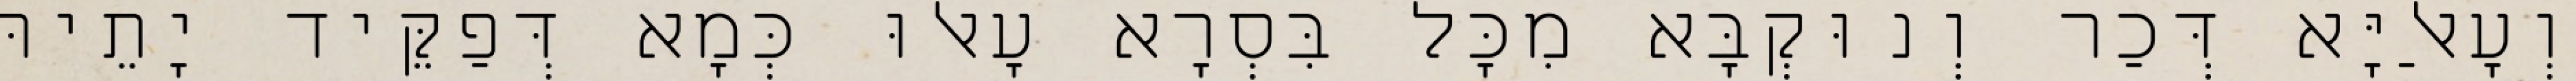
וְעָאלַיָּא דְּכַר וְנוּקְבָּא מִכָּל בִּסְרָא עָאלוּ כְּמָא דְּפַקֵּיד יָתֵיהּ